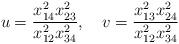
LaTeX: \begin{align*} u = \frac{x_{14}^2 x_{23}^2}{x_{12}^2 x_{34}^2}, \quad v = \frac{x_{13}^2 x_{24}^2}{x_{12}^2 x_{34}^2}\end{align*}